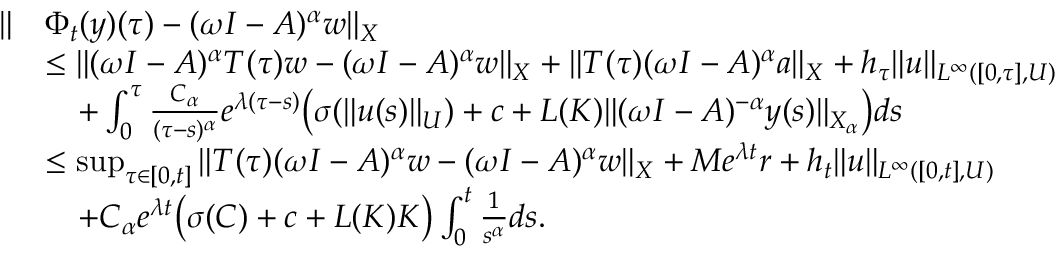
\begin{array} { r l } { \| } & { \Phi _ { t } ( y ) ( \tau ) - ( \omega I - A ) ^ { \alpha } w \| _ { X } } \\ & { \leq \| ( \omega I - A ) ^ { \alpha } T ( \tau ) w - ( \omega I - A ) ^ { \alpha } w \| _ { X } + \| T ( \tau ) ( \omega I - A ) ^ { \alpha } a \| _ { X } + h _ { \tau } \| u \| _ { L ^ { \infty } ( [ 0 , \tau ] , U ) } } \\ & { \quad + \int _ { 0 } ^ { \tau } \frac { C _ { \alpha } } { ( \tau - s ) ^ { \alpha } } e ^ { \lambda ( \tau - s ) } \big ( \sigma ( \| u ( s ) \| _ { U } ) + c + L ( K ) \| ( \omega I - A ) ^ { - \alpha } y ( s ) \| _ { X _ { \alpha } } \big ) d s } \\ & { \leq \operatorname* { s u p } _ { \tau \in [ 0 , t ] } \| T ( \tau ) ( \omega I - A ) ^ { \alpha } w - ( \omega I - A ) ^ { \alpha } w \| _ { X } + M e ^ { \lambda t } r + h _ { t } \| u \| _ { L ^ { \infty } ( [ 0 , t ] , U ) } } \\ & { \quad + C _ { \alpha } e ^ { \lambda t } \big ( \sigma ( C ) + c + L ( K ) K \big ) \int _ { 0 } ^ { t } \frac { 1 } { s ^ { \alpha } } d s . } \end{array}